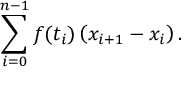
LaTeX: \sum _ { i = 0 } ^ { n - 1 } f ( t _ { i } ) \left( x _ { i + 1 } - x _ { i } \right) .